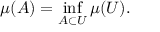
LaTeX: \mu ( A ) = \operatorname* { i n f } _ { A \subset U } \mu ( U ) .